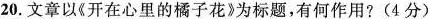
20.文章以《开在心里的橘子花》为标题，有何作用?(4分)